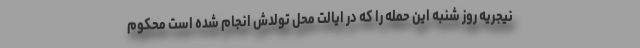
نیجریه روز شنبه این حمله را که در ایالت محل تولدش انجام شده است محکوم